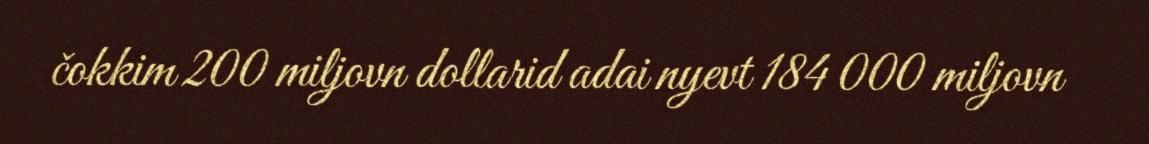
čokkim 200 miljovn dollarid adai nyevt 184 000 miljovn